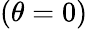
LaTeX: (\theta=0)